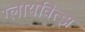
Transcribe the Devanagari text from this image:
ग्लायवित्झ